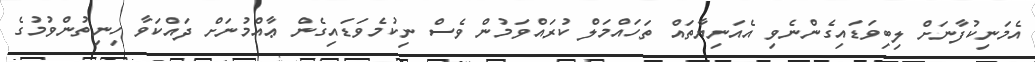
އެމަނިކުފާނަށް ލިބިވަޑައިގެންނެވި އެއަނިޔާތައް ތަހައްމަލް ކުރައްވަމުން ވެސް ނިކުމެވަޑައިގެން ޢާއްމުނަށް ދައްކަވާ ހިނިތުންވުމުގެ